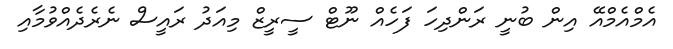
އެމްއެމްއޭ އިން ބުނީ ރަންދިހަ ފަހެއް ނޫޓް ސީރީޒް މިއަދު ރައީސް ނެރެދެއްވުމާއި